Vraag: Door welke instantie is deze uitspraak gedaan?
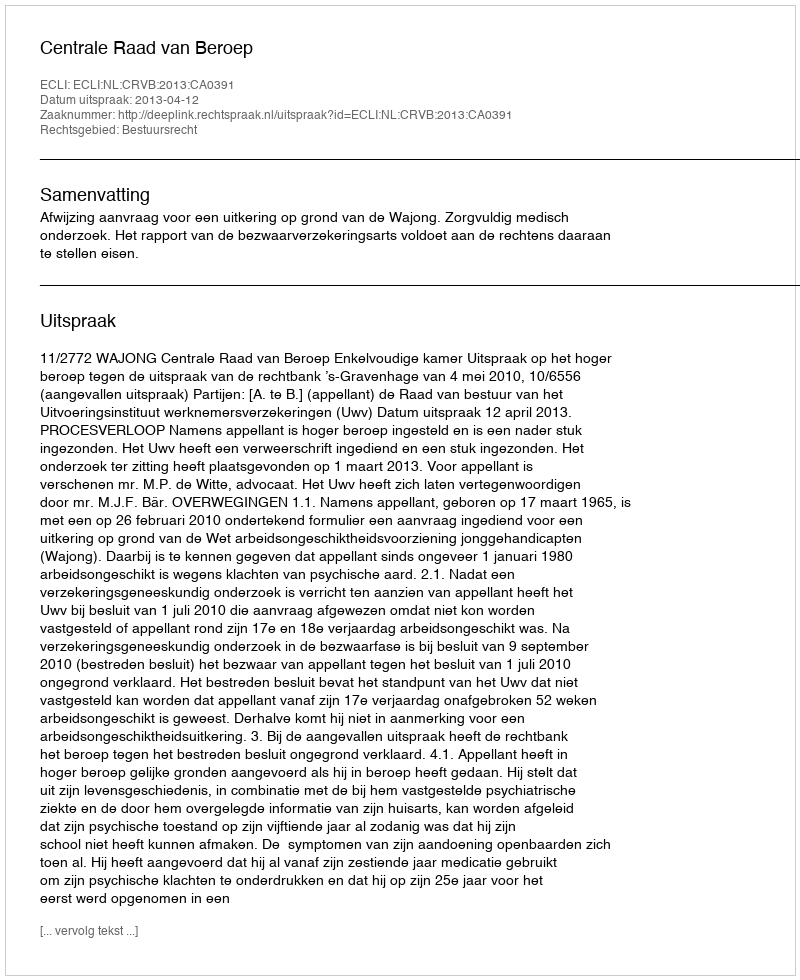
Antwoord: Centrale Raad van Beroep